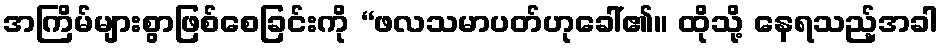
အကြိမ်များစွာဖြစ်စေခြင်းကို “ဖလသမာပတ်ဟုခေါ်၏။ ထိုသို့ နေရသည့်အခါ